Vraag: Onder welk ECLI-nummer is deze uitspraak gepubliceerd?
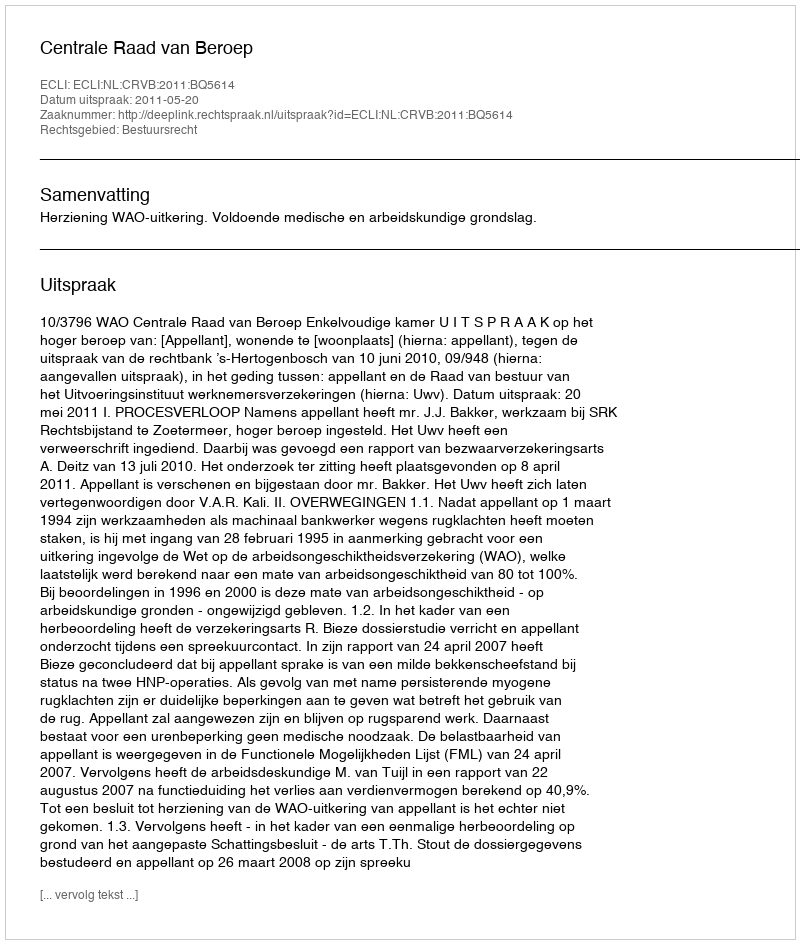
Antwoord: ECLI:NL:CRVB:2011:BQ5614